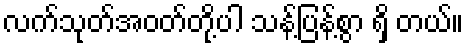
လက်သုတ်အဝတ်တို့ပါ သန့်ပြန့်စွာ ရှိ တယ်။